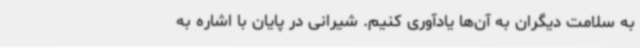
به سلامت دیگران به آن‌ها یادآوری کنیم. شیرانی در پایان با اشاره به